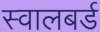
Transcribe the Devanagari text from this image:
स्वालबर्ड